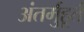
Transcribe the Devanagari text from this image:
अंतर्मुहूर्त